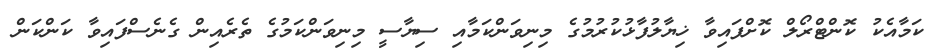
ކަމާއެކު ކޮންޓްރޯލް ކޮށްފައިވާ ޚިޔާލުފާޅުކުރުމުގެ މިނިވަންކަމާއި ސިޔާސީ މިނިވަންކަމުގެ ތެރެއިން ގެނެސްފައިވާ ކަންކަން